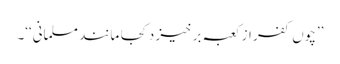
’’چوں کفر از کعبہ بر خیز د کجا مانند مسلمانی‘‘۔